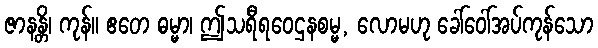
ဇာနန္တိ၊ ကုန်။ ဧတေ ဓမ္မာ၊ ဤသရီရဝေဌနစမ္မ, လောမဟု ခေါ်ဝေါ်အပ်ကုန်သော